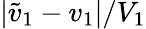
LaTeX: |\tilde{v}_{1}-v_{1}|/V_{1}